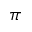
\pi